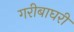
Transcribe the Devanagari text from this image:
गरीबाघरी